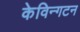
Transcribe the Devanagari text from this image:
केविन्गटन